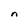
Character: n